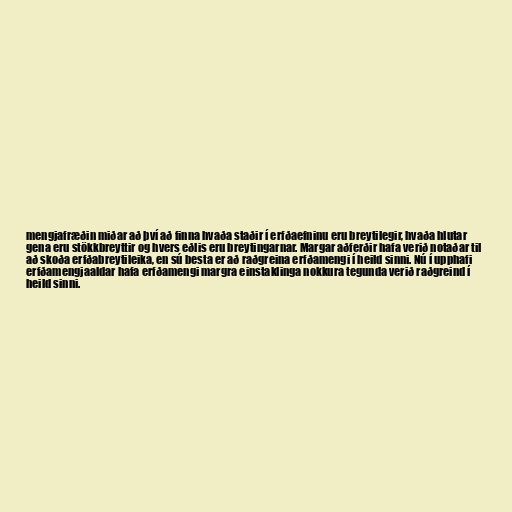
mengjafræðin miðar að því að finna hvaða staðir í erfðaefninu eru breytilegir, hvaða hlutar
gena eru stökkbreyttir og hvers eðlis eru breytingarnar. Margar aðferðir hafa verið notaðar til
að skoða erfðabreytileika, en sú besta er að raðgreina erfðamengi í heild sinni. Nú í upphafi
erfðamengjaaldar hafa erfðamengi margra einstaklinga nokkura tegunda verið raðgreind í
heild sinni.